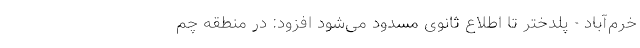
خرم‌آباد - پلدختر تا اطلاع ثانوی مسدود می‌شود افزود: در منطقه چم